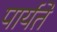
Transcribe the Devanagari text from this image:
पार्यते